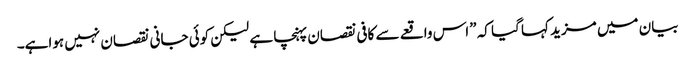
بیان میں مزید کہا گیا کہ ”اس واقعے سے کافی نقصان پہنچا ہے لیکن کوئی جانی نقصان نہیں ہواہے۔